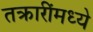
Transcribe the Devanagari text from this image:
तक्रारींमध्ये